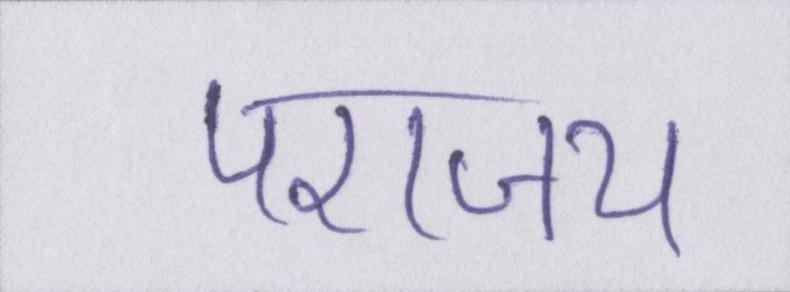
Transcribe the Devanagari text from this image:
पराजय